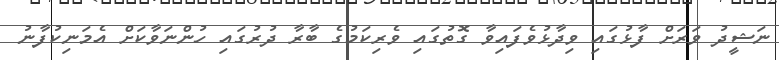
ނަޝީދު ވަރަށް ފާޅުގައި ވިދާޅުވެފައިވާ ގޮތުގައި ވެރިކަމުގެ ބާރާ ދުރުގައި ހުންނަވާކަށް އެމަނިކުފާނު